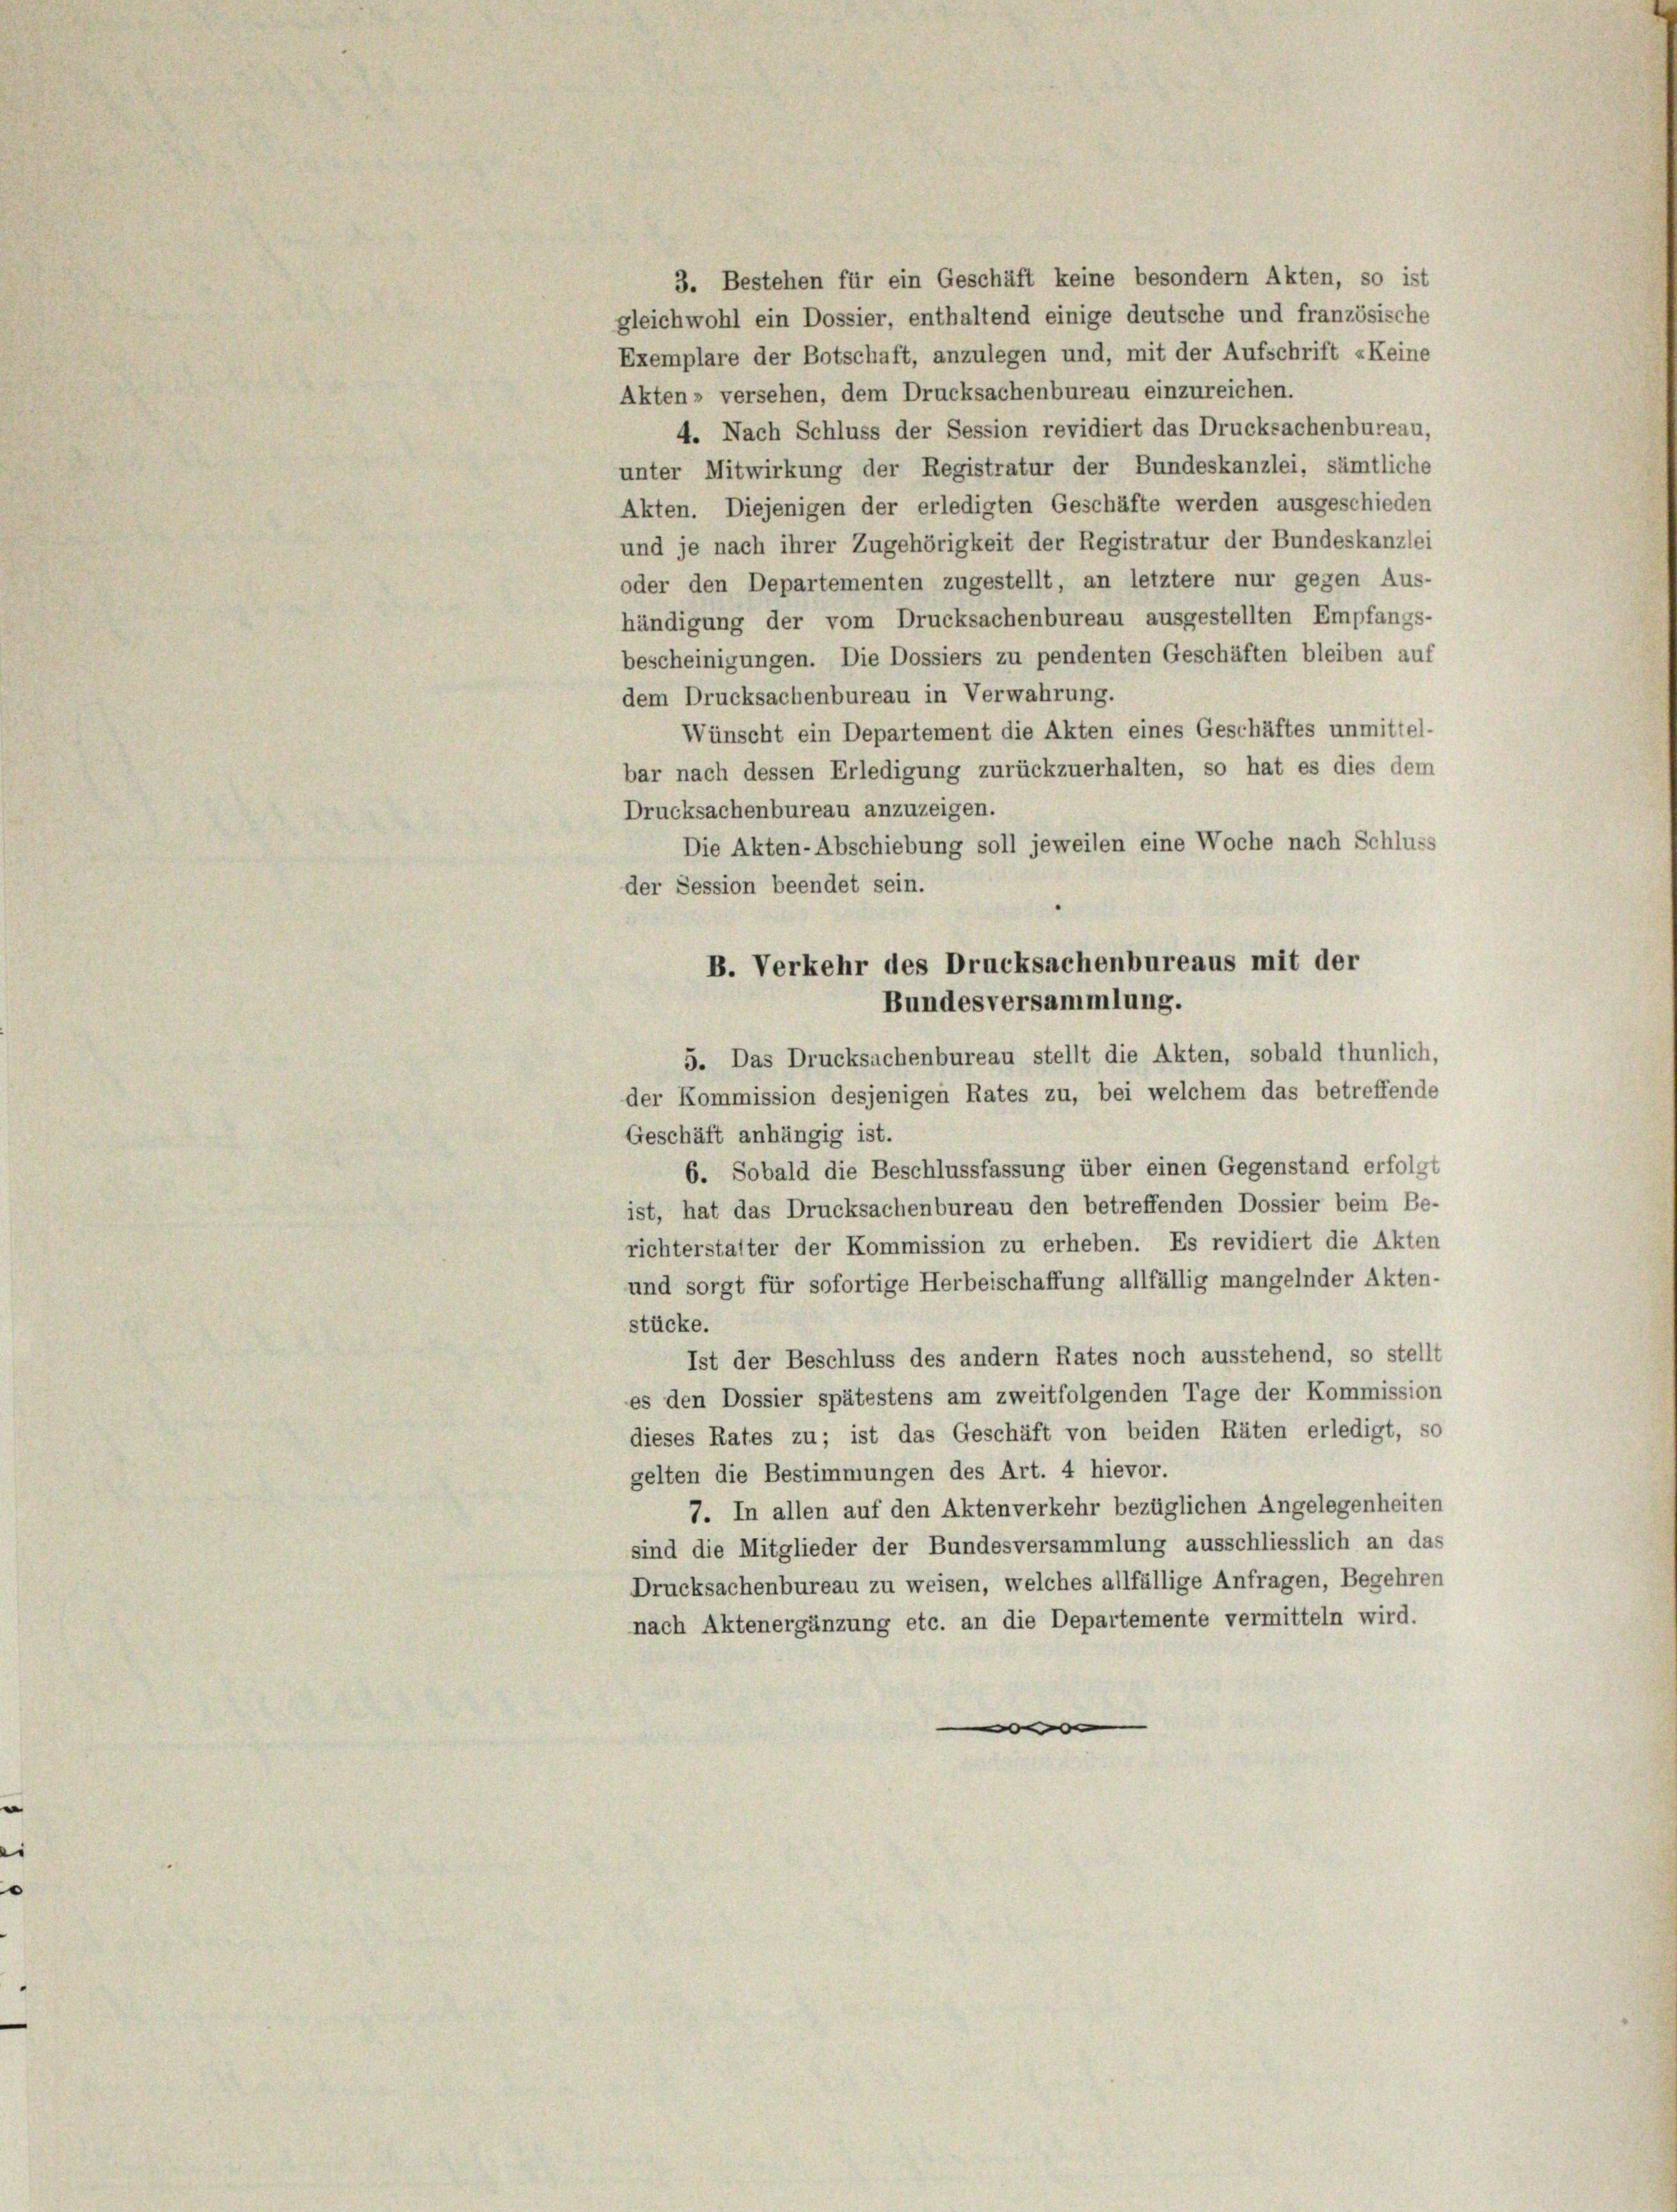
3. Bestehen für ein Geschäft keine besondern Akten, so ist
gleichwohl ein Dossier, enthaltend einige deutsche und französische
Exemplare der Botschaft, anzulegen und, mit der Aufschrift «Keine
Akten» versehen, dem Drucksachenbureau einzureichen.
4. Nach Schluss der Session revidiert das Drucksachenbureau,
unter Mitwirkung der Registratur der Bundeskanzlei, sämtliche
Akten. Diejenigen der erledigten Geschäfte werden ausgeschieden
und je nach ihrer Zugehörigkeit der Registratur der Bundeskanzlei
oder den Departementen zugestellt, an letztere nur gegen Aus-
händigung der vom Drucksachenbureau ausgestellten Empfangs-
bescheinigungen. Die Dossiers zu pendenten Geschäften bleiben auf
dem Drucksachenbureau in Verwahrung.
Wünscht ein Departement die Akten eines Geschäftes unmittel-
bar nach dessen Erledigung zurückzuerhalten, so hat es dies dem
Drucksachenbureau anzuzeigen.
Die Akten-Abschiebung soll jeweilen eine Woche nach Schluss
der Session beendet sein.
B. Verkehr des Drucksachenbureaus mit der
Bundesversammlung.
5. Das Drucksachenbureau stellt die Akten, sobald thunlich,
der Kommission desjenigen Rates zu, bei welchem das betreffende
Geschäft anhängig ist.
6. Sobald die Beschlussfassung über einen Gegenstand erfolgt
ist, hat das Drucksachenbureau den betreffenden Dossier beim Be-
richterstatter der Kommission zu erheben. Es revidiert die Akten
und sorgt für sofortige Herbeischaffung allfällig mangelnder Akten-
stücke.
Ist der Beschluss des andern Rates noch ausstehend, so stellt
es den Dossier spätestens am zweitfolgenden Tage der Kommission
dieses Rates zu; ist das Geschäft von beiden Räten erledigt, so
gelten die Bestimmungen des Art. 4 hievor.
7. In allen auf den Aktenverkehr bezüglichen Angelegenheiten
sind die Mitglieder der Bundesversammlung ausschliesslich an das
Drucksachenbureau zu weisen, welches allfällige Anfragen, Begehren
nach Aktenergänzung etc. an die Departemente vermitteln wird.
|